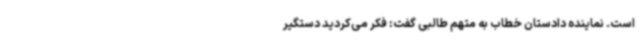
است. نماینده دادستان خطاب به متهم طالبی گفت: فکر می‌کردید دستگیر